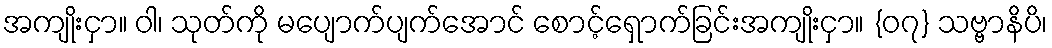
အကျိုးငှာ။ ဝါ၊ သုတ်ကို မပျောက်ပျက်အောင် စောင့်ရှောက်ခြင်းအကျိုးငှာ။ {၀၇} သဗ္ဗာနိပိ၊